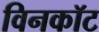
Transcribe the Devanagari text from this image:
विनकॉट